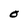
Character: O